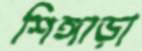
শিঙ্গাড়া